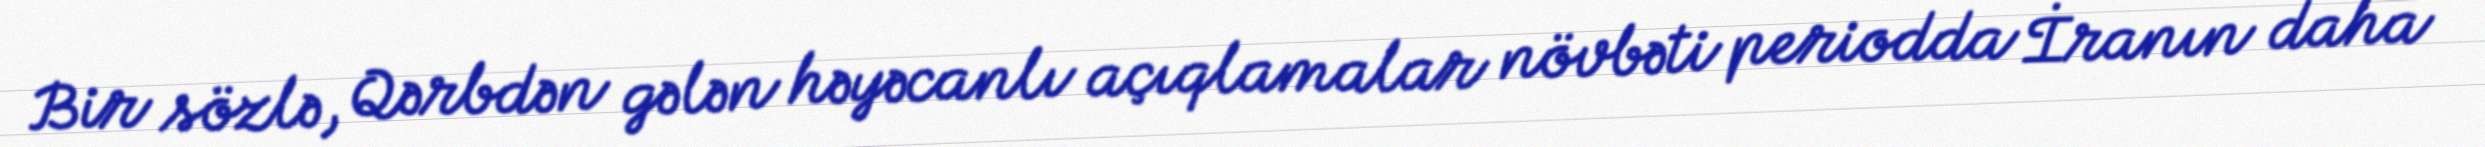
Bir sözlə, Qərbdən gələn həyəcanlı açıqlamalar növbəti periodda İranın daha